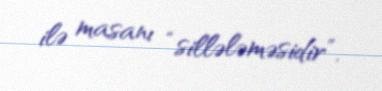
ilə masanı “sillələməsidir”.